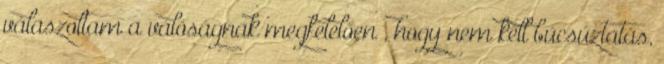
válaszoltam a valóságnak megfelelően , hogy nem kell búcsúztatás,